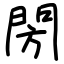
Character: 閍